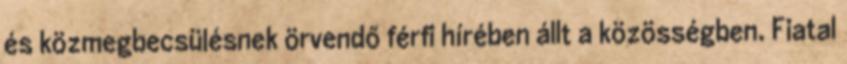
és közmegbecsülésnek örvendő férfi hírében állt a közösségben. Fiatal